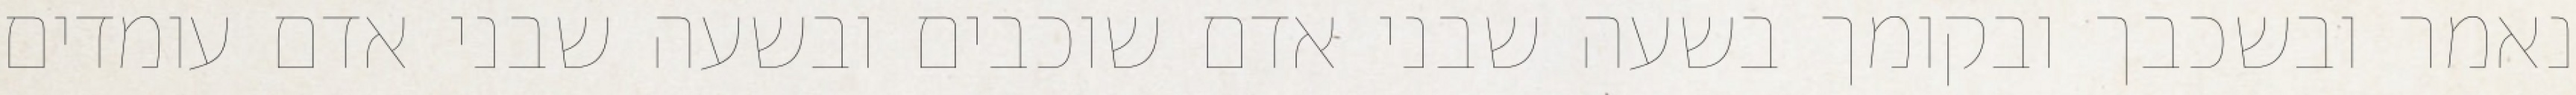
נאמר ובשכבך ובקומך בשעה שבני אדם שוכבים ובשעה שבני אדם עומדים